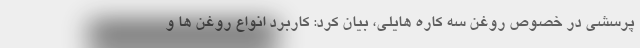
پرسشی در خصوص روغن سه کاره هایلی، بیان کرد: کاربرد انواع روغن ها و